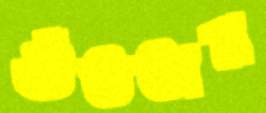
গুঁততাম